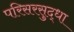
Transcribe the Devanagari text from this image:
परिसरसुद्धा